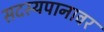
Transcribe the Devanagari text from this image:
सदस्यपानावर